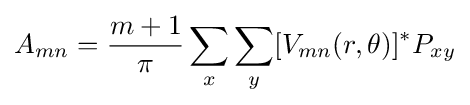
A_{mn}={\frac {m+1}{\pi }}\sum _{x}\sum _{y}[V_{mn}(r,\theta )]^{*}P_{xy}